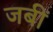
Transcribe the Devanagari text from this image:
जबीं